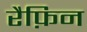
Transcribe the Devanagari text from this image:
रैफ़िन